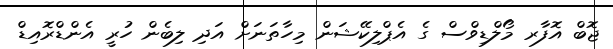
ޖޮބް އޮފާރ މޯލްޑިވްސް ގެ އެޕްލިކޭޝަން މިހާތަނަށް އަދި ލިބެން ހުރީ އެންޑްރޮއިޑް